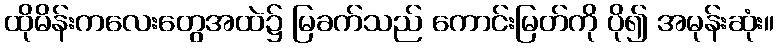
ထိုမိန်းကလေးတွေအထဲ၌ မြခက်သည် ကောင်းမြတ်ကို ပို၍ အမုန်းဆုံး။